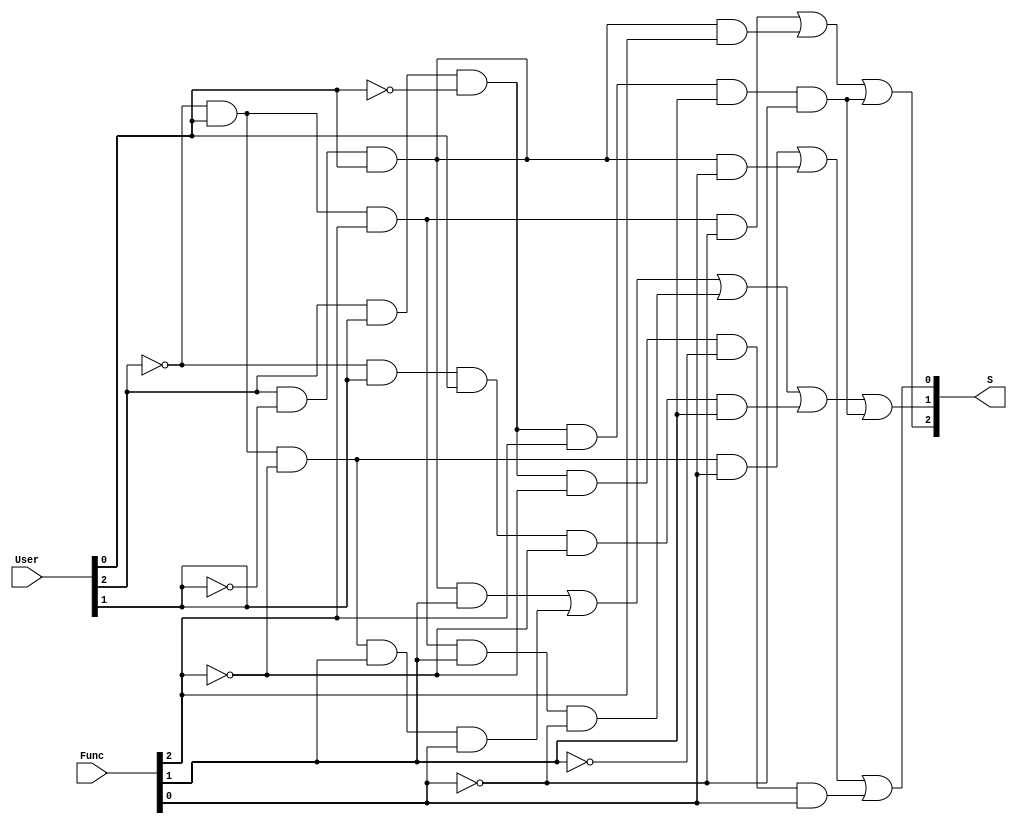
/*
  Mdulo que verifica se um usurio tem permisso para acessar uma funcionalidade.
  O mdulo recebe como entrada um vetor de 3 bits que representa o usurio e um vetor de 3 bits que representa a funcionalidade.
  O mdulo retorna um vetor de 3 bits que representa a funcionalidade do usurio.
  Se ele no tiver permisso, o vetor de sada ser 000.
*/

module verificadorDePermissao(
  User,
  Func,
  S
);
  input [2:0] User, Func; // entradas

  output [2:0] S; // saida

  wire NOT_User0, NOT_User1, NOT_User2;
  wire NOT_F0, NOT_F1, NOT_F2;

  wire W0, W1, W2, W3, W4, W5, W6, W7, W8, W9, W10, W11, W12, W13;

  not NOT0 (NOT_User0, User[0]);
  not NOT1 (NOT_User1, User[1]);
  not NOT2 (NOT_User2, User[2]);

  not NOT3 (NOT_F0, Func[0]);
  not NOT4 (NOT_F1, Func[1]);
  not NOT5 (NOT_F2, Func[2]);

  // S2 = A'CDF' + AB'CD + ABC'DEF'
  and AND0 (W0, NOT_User2, User[0], Func[2], NOT_F0);
  and AND1 (W1, User[2], NOT_User1, User[0], Func[2]);
  and AND2 (W2, User[2], User[1], NOT_User0, Func[2], Func[1], NOT_F0);
  or OR0 (S[2], W0, W1, W2);

  // S1 = AB'CE + A'CD'EF + A'CDEF' + A'BCD'E + ABC'DEF'			
  and AND3 (W3, User[2], NOT_User1, User[0], Func[1]);
  and AND4 (W4, NOT_User2, User[0], NOT_F2, Func[1], Func[0]);
  and AND5 (W5, NOT_User2, User[0], Func[2], Func[1], NOT_F0);
  and AND6 (W6, NOT_User2, User[1], User[0], NOT_F2, Func[1]);
  and AND7 (W7, User[2], User[1], NOT_User0, Func[2], Func[1], NOT_F0);
  or OR1 (S[1], W3, W4, W5, W6, W7);

  // S0 = A'CD'F + AB'CF + ABC'D'E'F			
  and AND8 (W8, NOT_User2, User[0], NOT_F2, Func[0]);
  and AND9 (W9, User[2], NOT_User1, User[0], Func[0]);
  and AND10 (W10, User[2], User[1], NOT_User0, NOT_F2, NOT_F1, Func[0]);
  or OR2 (S[0], W8, W9, W10);
endmodule


module TB_VerificadorDePermissao();

  reg [2:0] User;
  reg [2:0] Func;

  wire [2:0] S;

  verificadorDePermissao verificadorDePermissao(User, Func, S);

  initial begin
    User = 3'b110; Func = 3'b001; #10; // 001
    User = 3'b110; Func = 3'b110; #10; // 110

    User = 3'b001; Func = 3'b001; #10; // 001
    User = 3'b001; Func = 3'b011; #10; // 011
    User = 3'b001; Func = 3'b100; #10; // 100
    User = 3'b001; Func = 3'b110; #10; // 110

    User = 3'b011; Func = 3'b001; #10; // 001
    User = 3'b011; Func = 3'b010; #10; // 010
    User = 3'b011; Func = 3'b011; #10; // 011
    User = 3'b011; Func = 3'b100; #10; // 100
    User = 3'b011; Func = 3'b110; #10; // 110

    User = 3'b101; Func = 3'b001; #10; // 001
    User = 3'b101; Func = 3'b010; #10; // 010
    User = 3'b101; Func = 3'b011; #10; // 011
    User = 3'b101; Func = 3'b100; #10; // 100
    User = 3'b101; Func = 3'b101; #10; // 101
    User = 3'b101; Func = 3'b110; #10; // 110
    User = 3'b101; Func = 3'b111; #10; // 111

    // usuarios invalidos
    User = 3'b100; Func = 3'b001; #10; // 000
    User = 3'b100; Func = 3'b010; #10; // 000
    User = 3'b010; Func = 3'b011; #10; // 000
    User = 3'b010; Func = 3'b100; #10; // 000

    // funcionalidades invalidas
    User = 3'b110; Func = 3'b010; #10; // 000
    User = 3'b110; Func = 3'b011; #10; // 000
    User = 3'b011; Func = 3'b101; #10; // 000
  end

endmodule